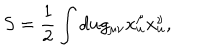
LaTeX: S = \frac { 1 } { 2 } \int d u g _ { \mu \nu } x _ { u } ^ { \mu } x _ { u } ^ { \nu } , \quad